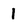
Character: 1